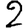
Digit: 2